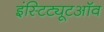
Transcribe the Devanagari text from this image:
इंस्टिट्यूटऑव